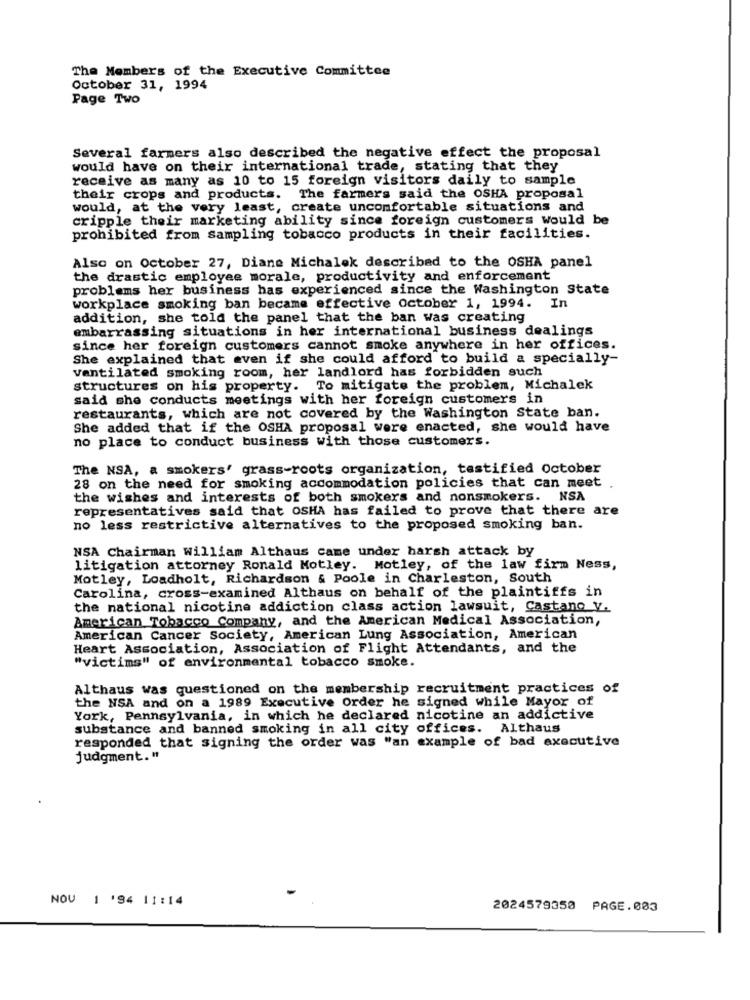
The Members of the Executive Committee
October 31, 1994
Page Two
Several farmers also described the negative effect the proposal
would have on their international trade, stating that they
receive as many as 10 to 15 foreign visitors daily to sample
their crops and products. The farmers said the OSHA proposal
would, at the very least, create uncomfortable situations and
cripple their marketing ability since foreign customers would be
prohibited from sampling tobacco products in their facilities.
Also on October 27, Diane Michalek described to the OSHA panel
the drastic employee morale, productivity and enforcement
problems her business has experienced since the Washington State
workplace smoking ban became effective october 1, 1994. In
addition, she told the panel that the ban was creating
embarrassing situations in her international business dealings
since her foreign customers cannot smoke anywhere in her offices.
She explained that even if she could afford to build a specially-
Ventilated smoking room, her landlord has forbidden such
structures on his property. To mitigate the problem, Michalek
said she conducts meetings with her foreign customers in
restaurants, which are not covered by the Washington State ban.
She added that if the OSHA proposal were enacted, she would have
no place to conduct business with those customers.
The NSA, a smokers' grass-roots organization, testified October
28 on the need for smoking accommodation policies that can meet
the wishes and interests of both smokers and nonsmokers. NSA
representatives said that OSHA has failed to prove that there are
no less restrictive alternatives to the proposed smoking ban.
NSA Chairman William Althaus came under harsh attack by
litigation attorney Ronald Motley. Motley, of the law firm Ness,
Motley, Loadholt, Richardson & Poole in Charleston, South
Carolina, cross-examined Althaus on behalf of the plaintiffs in
the national nicotine addiction class action lawsuit, Castano V.
American Tobacco Company, and the American Medical Association,
American Cancer Society, American Lung Association, American
Heart Association, Association of Flight Attendants, and the
"victims" of environmental tobacco smoke.
Althaus was questioned on the membership recruitment practices of
the NSA and on a 1989 Executive Order he signed while Mayor of
York, Pennsylvania, in which he declared nicotine an addictive
substance and banned smoking in all city offices. Althaus
responded that signing the order was "an example of bad executive
judgment."
NOV 1 '94 11:14
2024579350
PAGE.003